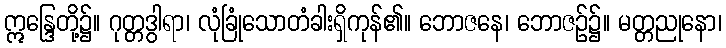
ဣန္ဒြေတို့၌။ ဂုတ္တဒွါရာ၊ လုံခြုံသောတံခါးရှိကုန်၏။ ဘောဇနေ၊ ဘောဇဉ်၌။ မတ္တညုနော၊